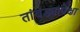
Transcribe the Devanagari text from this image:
तांबड्यापेक्षा